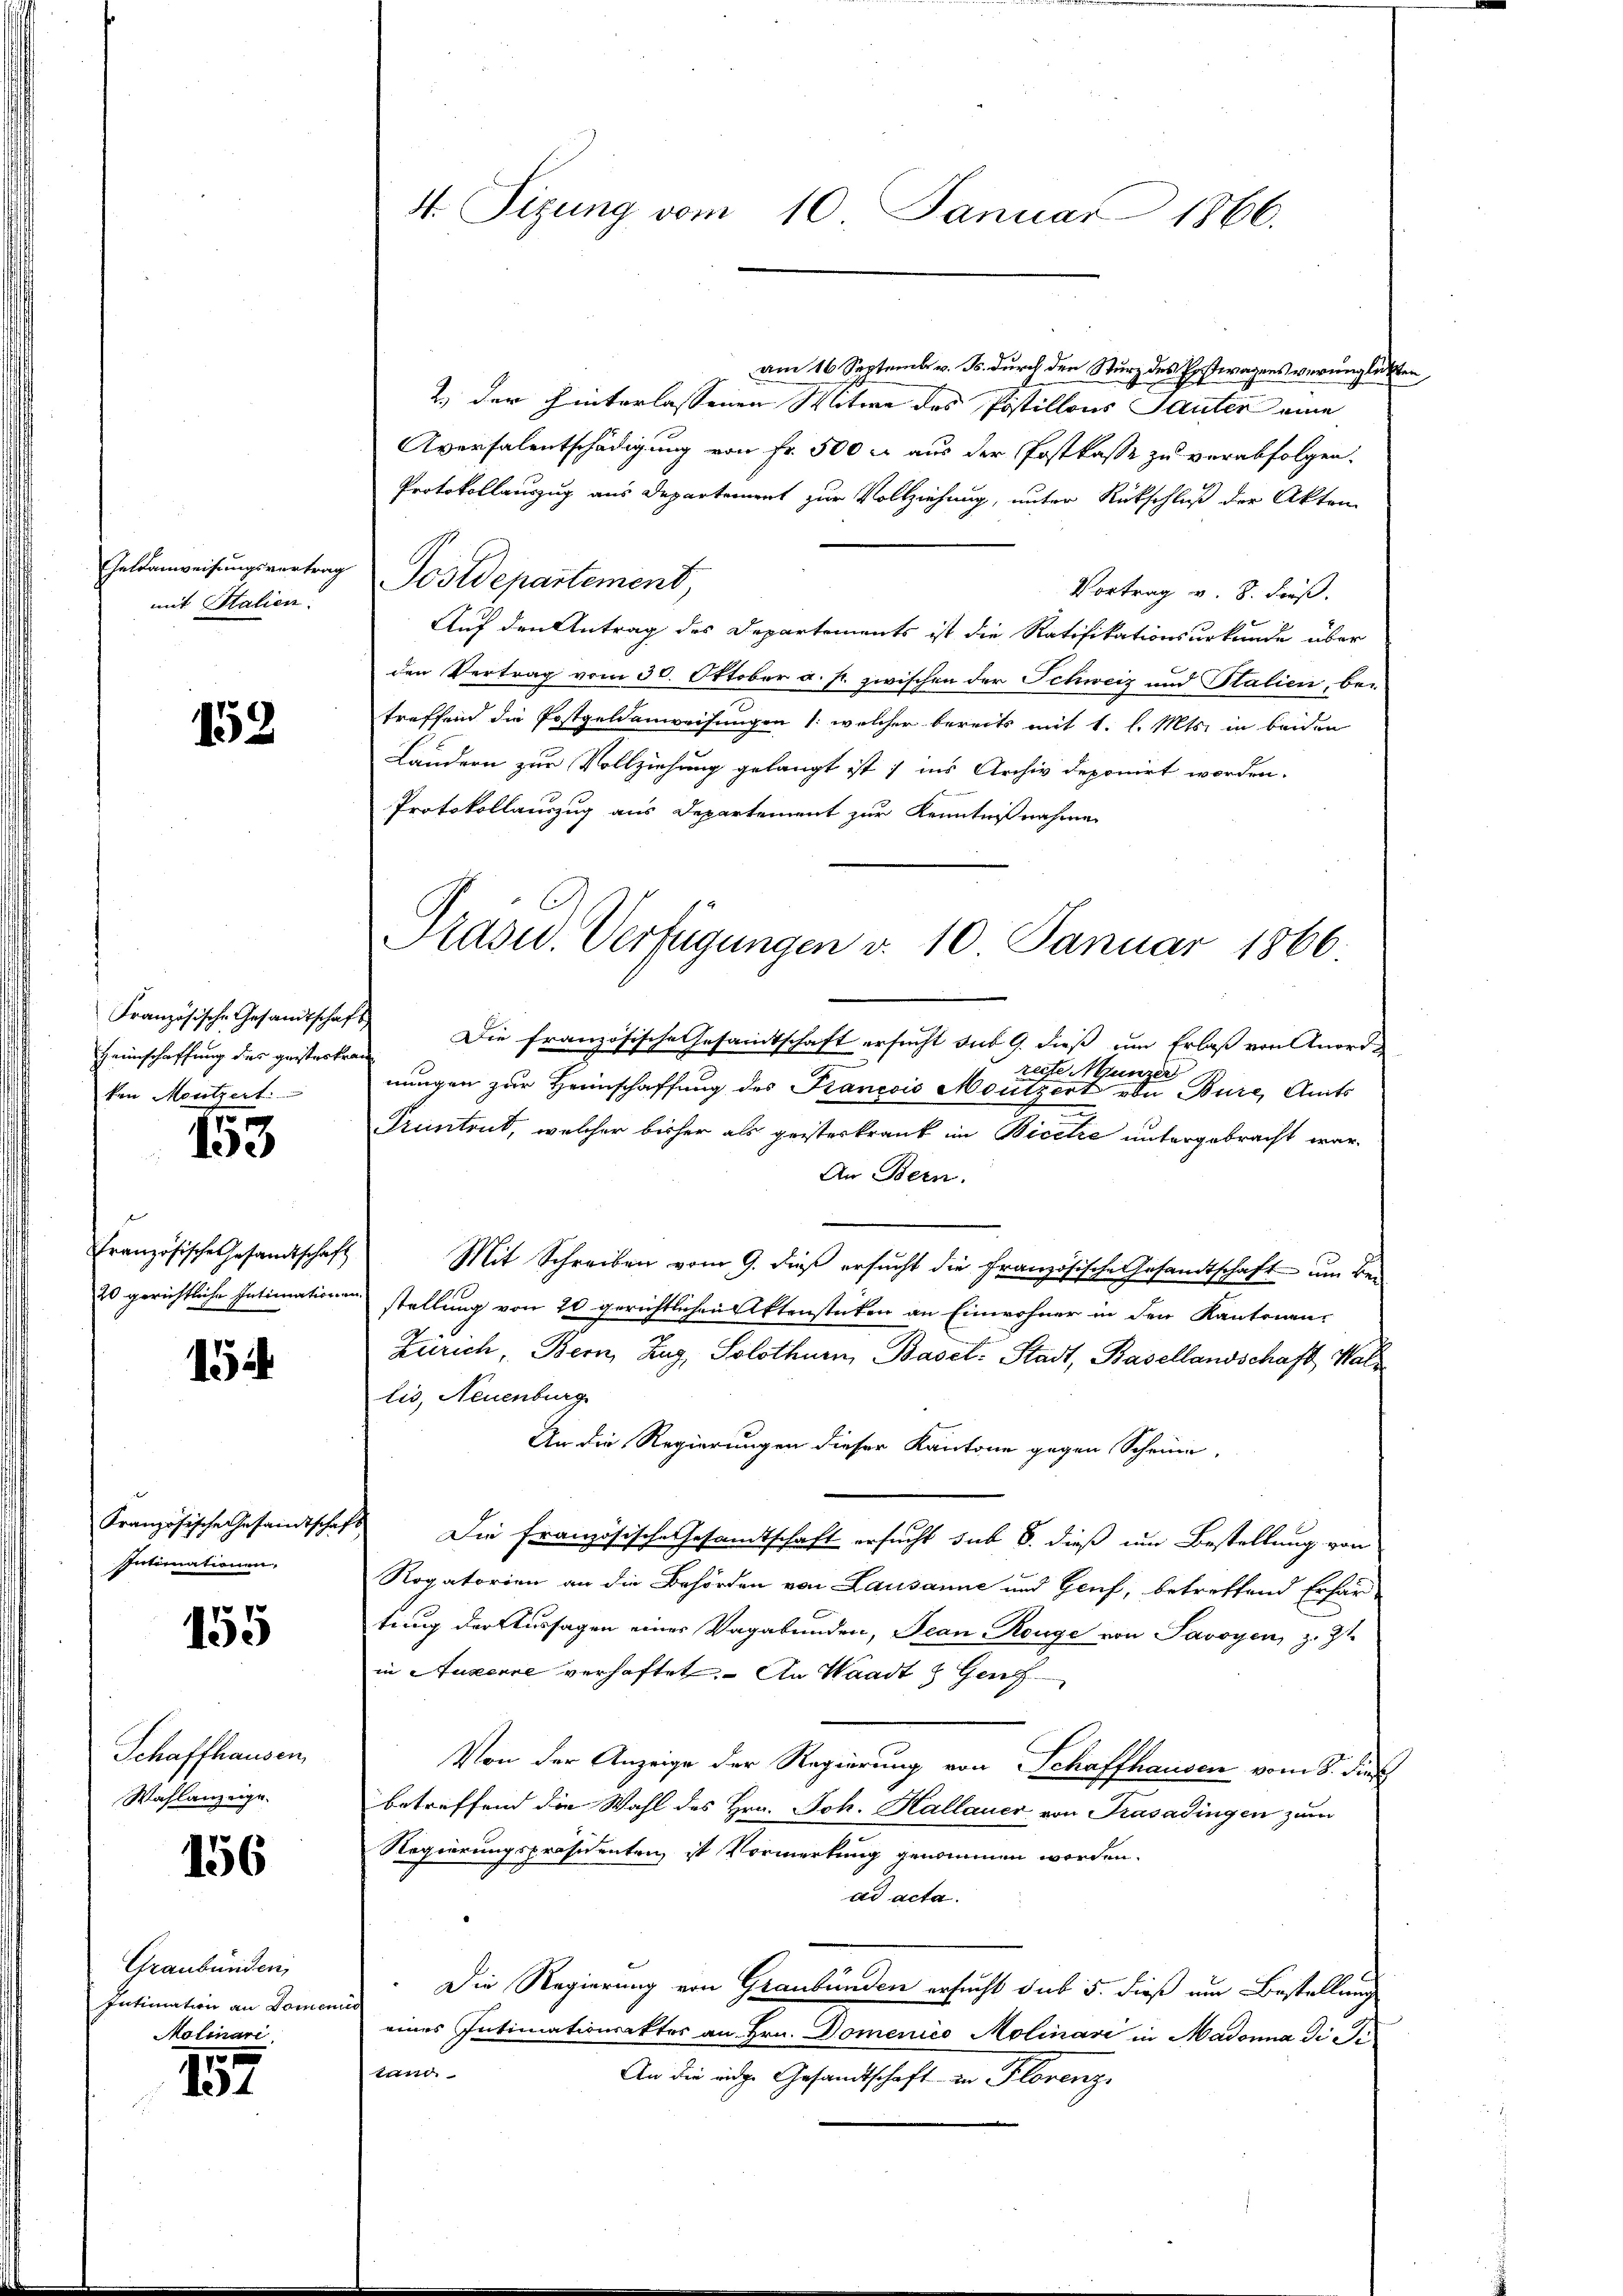
Geldanweisungsvertrag
mit Stalien.

152

Heimschaffung des geisteskran
ken Moritzert:

153

Französische Gesandtschaft

154

Französische Gesandtschaft
Intimationen,

155

Schaffhausen,
Wahlanzeige.

156

Graubünden
Intimation an Domen
Molinari

1
15

4. Tizung vom 10. Januar 1866.

am 16. Septemb. v. B. durch den Sturz des Postwagens verunglückte
2.) Der hinterlassenen Mitwe des Postillons Sauter eine
Aversalentschädigung von Fr. 500 rl aus der Postkasse zu verabfolgen.
Protokollauszug aus Departement zur Vollziehung, unter Rückschluß der Akten
Postdepartement,
Vortrag v. 8. Faß.
Auf den Antrag des Departements ist die Ratifikationsurkunde über
den Vertrag vom 30. Oktober a. f. zwischen der Schweiz und Stalien, bei
treffend die Postgeldenweisungen /: welcher bereits mit 1. l. Mts. in beiden
Ländern zur Vollziehung gelangt ist; ins Archiv deponirt worden.
Protokollauszug aus Departement zur Kenntnißnahme
Französische Gesandtschaft Die französische Gesandtschaft ersucht sub 9. dieß um Erlaß von Anordrecte Munzer
nungen zur Heimschaffung des Krancois Moutzert von Bure, Amts
Pruntrut, welcher bisher als geisterkrank im Bicetze untergebracht war
An Bern.
Mit Schreiben vom 9. dieß ersucht die Französische Gesandtschaft um bei
20 gerichtliche Intimationen stellung von 20 gerichtlichen Aktenstücken an Einwohner in den Kantonen-
Zürich, Bern, Zug, Solothurn, Basel-Stadt, Basellandschaft, Wallis, Neuenburg
An die Regierungen dieser Kantone gegen Scheine,
Die Französische Gesandtschaft ersucht sub 8. dieß um Bestellung von
Rogatorien an die Behörden von Lausanne und Genf, betreffend Erhär-
tung der Aussagen einer Vagabunden, Jean Rouge von Savoyen, z. Zt
in Luzerne verhaftet. An Waadt & Genf
Von der Anzeige der Regierung von Schaffhausen vom 8. dies
betreffend die Wahl des Hrn. Joh. Hallauer von Frasadingen zum
Regierungspräsidenten, ist Vormerkung genommen worden.
ad acta.
Die Regierung von Graubünden ersucht sub 5. dieß um Bestellung
eines Intimationsaktes an Hrn. Domenico Molinari in Madonna di Se
tung
An die inde Gesandtschaft in Florenz

Präsid. Verfügungen v. 10. Januar 1866.